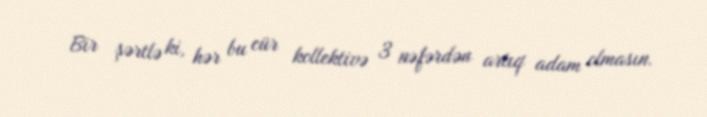
Bir şərtlə ki, hər bu cür kollektivə 3 nəfərdən artıq adam olmasın.